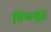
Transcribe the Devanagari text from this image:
विश्वशुद्ध